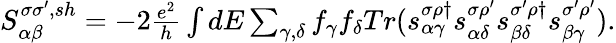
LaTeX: \begin{array}{r}{{S_{\alpha\beta}^{\sigma\sigma^{\prime},sh}}=-2\frac{e^{2}}{h}\int dE\sum_{\gamma,\delta}f_{\gamma}f_{\delta}Tr(s_{\alpha\gamma}^{\sigma\rho\dagger}s_{\alpha\delta}^{\sigma\rho^{\prime}}s_{\beta\delta}^{\sigma^{\prime}\rho\dagger}s_{\beta\gamma}^{\sigma^{\prime}\rho^{\prime}}).}\end{array}